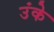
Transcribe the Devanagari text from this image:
उंके